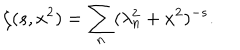
LaTeX: \zeta ( s , x ^ { 2 } ) = \sum _ { n } ( \lambda _ { n } ^ { 2 } + x ^ { 2 } ) ^ { - s } { . }